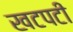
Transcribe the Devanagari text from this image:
खटपटी